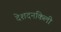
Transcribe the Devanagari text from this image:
देशदनकिली